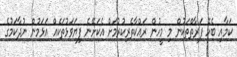
ކަމާއި ބެހޭ ފަރާތްތަކުން މި މީހުން ރައްކާތެރިކުރުމަށް އެކަށޭނެ ފިޔަވަޅުތަކެއް އަޅަމުން ނުދާކަމުގެ